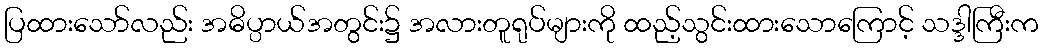
ပြထားသော်လည်း အဓိပ္ပာယ်အတွင်း၌ အလားတူရုပ်များကို ထည့်သွင်းထားသောကြောင့် သဒ္ဒါကြီးက